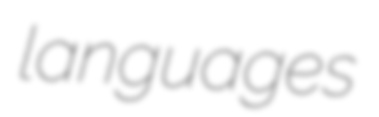
languages